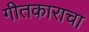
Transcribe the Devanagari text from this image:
गीतकाराचा